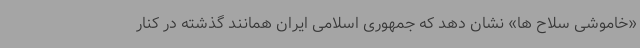
«خاموشی سلاح ها» نشان دهد که جمهوری اسلامی ایران همانند گذشته در کنار